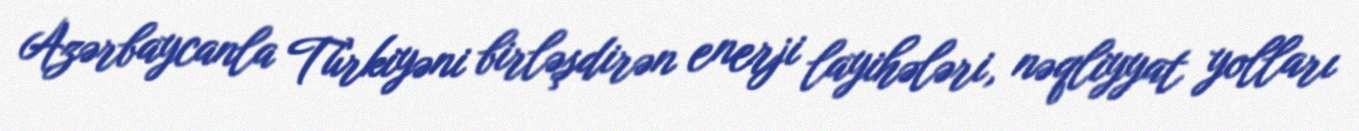
Azərbaycanla Türkiyəni birləşdirən enerji layihələri, nəqliyyat yolları